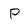
Character: P